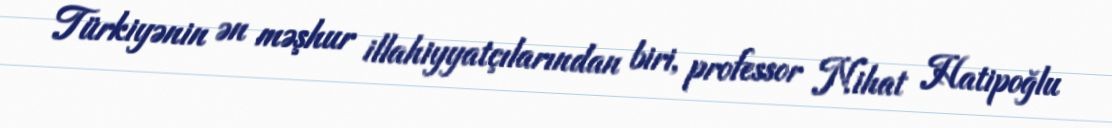
Türkiyənin ən məşhur illahiyyatçılarından biri, professor Nihat Hatipoğlu